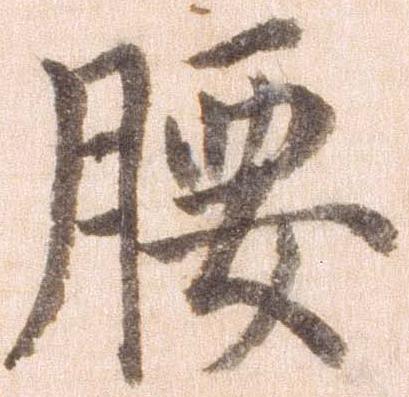
腰